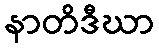
နာတိဒီဃာ